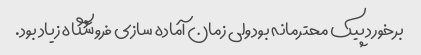
برخورد پیک محترمانه بود ولی زمان آماده سازی فروشگاه زیاد بود.